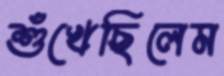
শুঁখেছিলেম